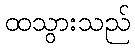
ထသွားသည်